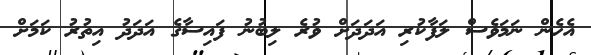
އެހެން ނަމަވެސް ލަފާކުރި އަދަދަށް ވުރެ ލިބުނު ފައިސާގެ އަދަދު އިތުރު ކަމަށް